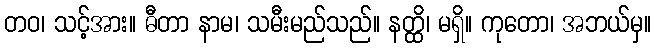
တဝ၊ သင့်အား။ ဓီတာ နာမ၊ သမီးမည်သည်။ နတ္ထိ၊ မရှိ။ ကုတော၊ အဘယ်မှ။